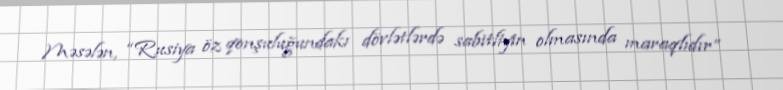
Məsələn, “Rusiya öz qonşuluğundakı dövlətlərdə sabitliyin olmasında maraqlıdır”